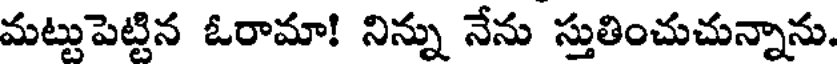
మట్టుపెట్టిన ఓరామా! నిన్ను నేను స్తుతించుచున్నాను.